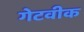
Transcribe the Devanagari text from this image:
गेटवीक